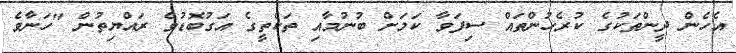
އެހެން ދީންތަކުގެ ކުރެހުންތައް ސިފަވާ ކަމަށް ބުނުމާއި ތަކެތީގެ އަގުބޮޑުވެ ރައްޔިތުން "ހަނާވެ